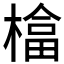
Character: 𱤍